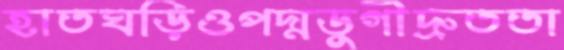
হাতঘড়িওপদ্মডুগীদ্রুততা